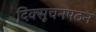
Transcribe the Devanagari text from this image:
दिक्सूचनपठन